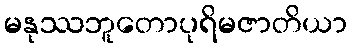
မနုဿဘူတောပုရိမဇာတိယာ